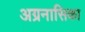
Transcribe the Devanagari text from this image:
अग्रनासिका